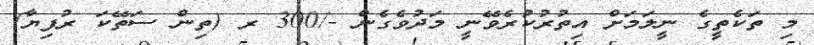
މި ތަކެތީގެ ނީލަމަށް އިތުރުކުރެވޭނީ މަދުވެގެން -/300 ރ (ތިން ސަތޭކަ ރުފިޔާ)